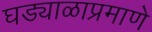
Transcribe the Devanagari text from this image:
घड्याळाप्रमाणे